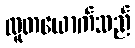
လူတယောက်သည်